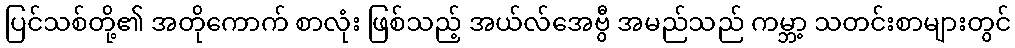
ပြင်သစ်တို့၏ အတိုကောက် စာလုံး ဖြစ်သည့် အယ်လ်အေဗွီ အမည်သည် ကမ္ဘာ့ သတင်းစာများတွင်